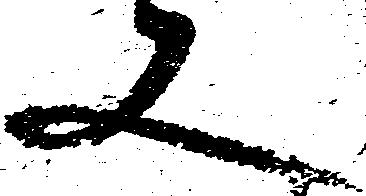
又